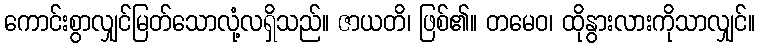
ကောင်းစွာလျှင်မြတ်သောလုံ့လရှိသည်။ ဇာယတိ၊ ဖြစ်၏။ တမေဝ၊ ထိုနွားလားကိုသာလျှင်။